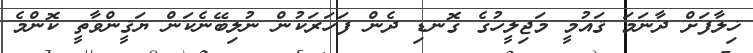
ޚިލާފަށް ދާނަމަ ޤައުމީ މަޖިލީހުގެ ގޮނޑި ދެން ފަހަރަކުން ނުލިބޭނެކަން ޔަޤީންވާތީ ކޮންމެ